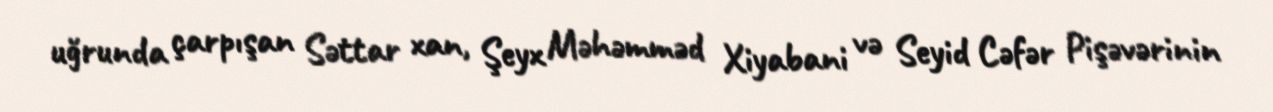
uğrunda çarpışan Səttar xan, Şeyx Məhəmməd Xiyabani və Seyid Cəfər Pişəvərinin